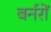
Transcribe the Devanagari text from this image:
बर्नरों